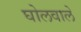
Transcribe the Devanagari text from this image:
घोलवाले